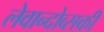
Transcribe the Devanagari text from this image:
लेवान्दोव्सकी